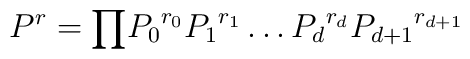
P^r={\prod}{P_{0}}^{r_{0}}{P_{1}}^{r_{1}}\ldots{P_{d}}^{r_{d}}{P_{d+1}}^{r_{d+1}}